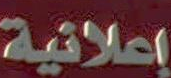
إعلانية